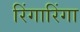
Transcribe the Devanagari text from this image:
रिंगारिंगा